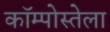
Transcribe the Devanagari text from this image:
कॉम्पोस्तेला